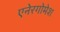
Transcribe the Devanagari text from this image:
एनेरगोमेश